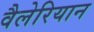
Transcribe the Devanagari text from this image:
वैलेरियान